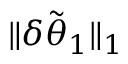
\lVert \delta \tilde { { \boldsymbol { \theta } } } _ { 1 } \rVert _ { 1 }